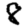
Digit: 8